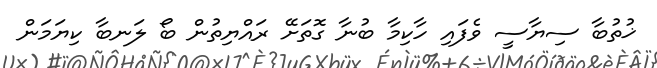
ޚުތުބާ ސިޔާސީ ވެފައި ހާކިމާ ބުނާ ގޮތަށޭ ރައްޔިތުން ބޯ ލަނބާ ކިޔަމަން